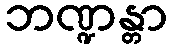
ဘဏ္ဍန္တာ